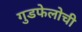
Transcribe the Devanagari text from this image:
गुडफेलोची